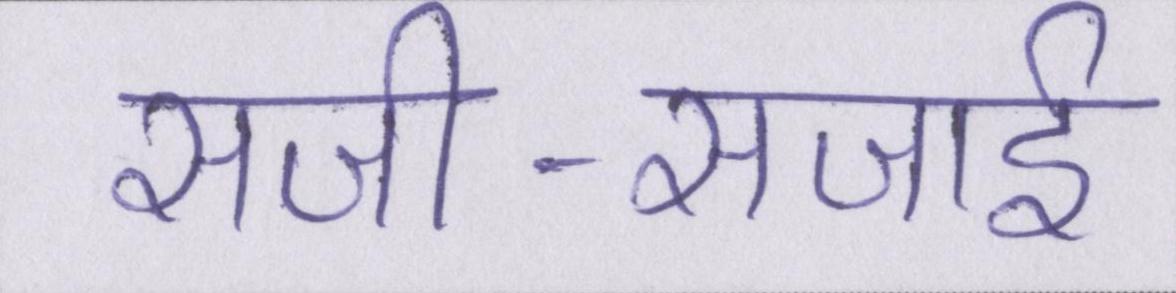
सजी-सजाई